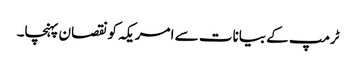
ٹرمپ کے بیانات سے امریکہ کونقصان پہنچا۔